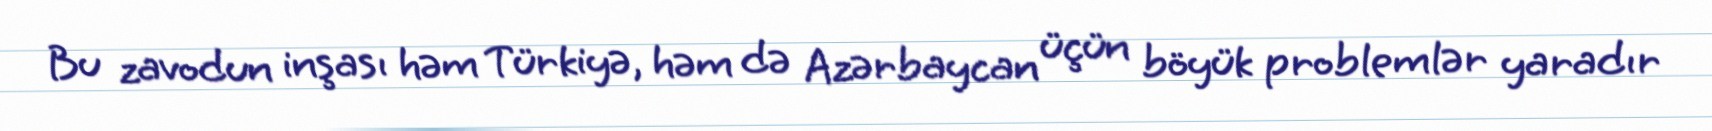
Bu zavodun inşası həm Türkiyə, həm də Azərbaycan üçün böyük problemlər yaradır